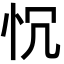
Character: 𢗑